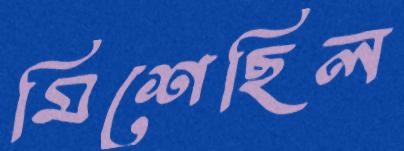
মিশেছিল